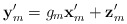
\begin{align*}\mathbf{y}_{m}^{\prime}=g_{m}\mathbf{x}_{m}^{\prime}+\mathbf{z}_{m}^{\prime}\end{align*}